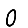
Digit: 0